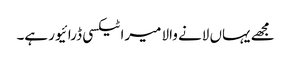
مجھے یہاں لانے والا میرا ٹیکسی ڈرائیور ہے۔